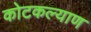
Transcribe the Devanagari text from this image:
कोटकल्याण